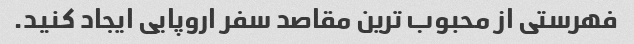
فهرستی از محبوب ترین مقاصد سفر اروپایی ایجاد کنید.